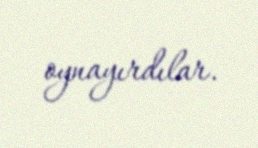
oynayırdılar.